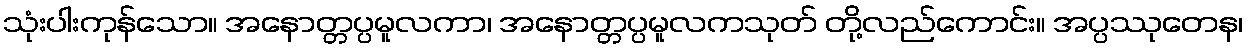
သုံးပါးကုန်သော။ အနောတ္တပ္ပမူလကာ၊ အနောတ္တပ္ပမူလကသုတ် တို့လည်ကောင်း။ အပ္ပဿုတေန၊